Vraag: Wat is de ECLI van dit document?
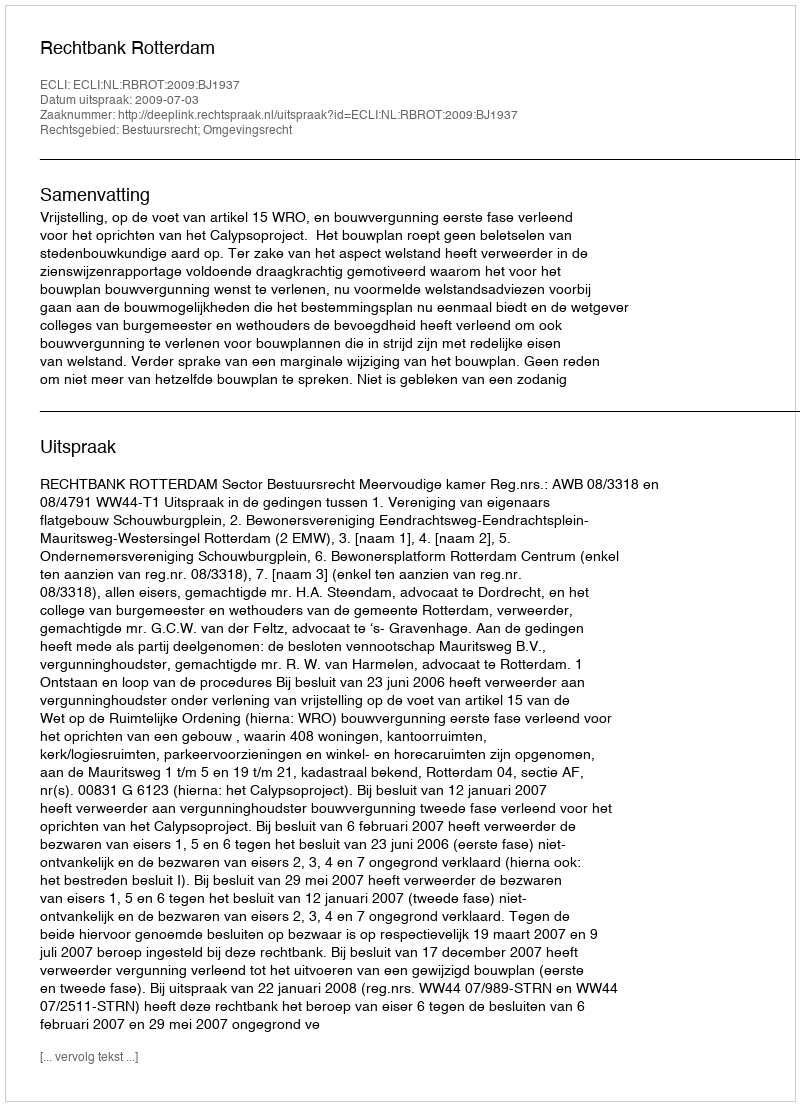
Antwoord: ECLI:NL:RBROT:2009:BJ1937